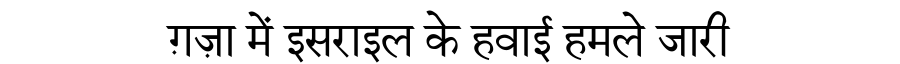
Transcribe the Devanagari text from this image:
ग़ज़ा में इसराइल के हवाई हमले जारी